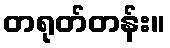
တရုတ်တန်း။